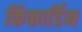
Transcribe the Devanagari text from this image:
किंकार्डिन